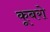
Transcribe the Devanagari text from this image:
कूबरो